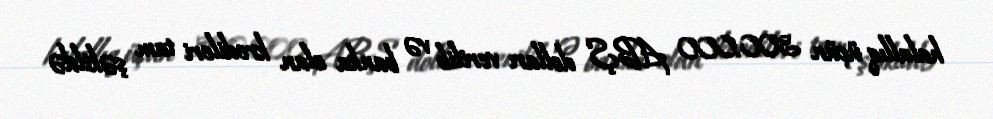
halallıq üçün 300.000 ABŞ dolları verilib və banka olan kredileri tam şəkildə